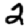
Digit: 2